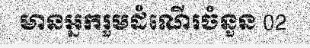
មានអ្នករួមដំណើរចំនួន 02